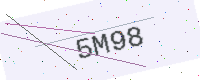
Text: 5M98